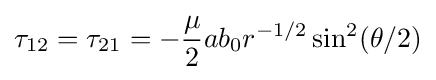
\tau _{12}=\tau _{21}=-{\frac {\mu }{2}}ab_{0}r^{-1/2}\sin ^{2}(\theta /2)